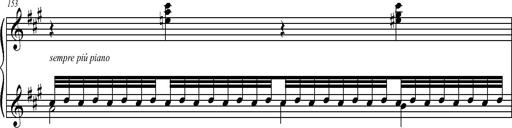
Title: 2 LÃ©gendes
Composer: Franz Liszt